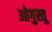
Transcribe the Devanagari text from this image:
ओगुस्तू